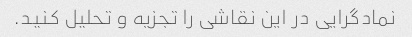
نمادگرایی در این نقاشی را تجزیه و تحلیل کنید.